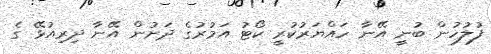
ފުލުހުން ބުނީ އޭނާ ހައްޔަރުކުރީ ކޯޓު އަމުރުގެ ދަށުން އޭނާ ދިރިއުޅޭ ގެ